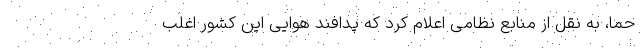
حما، به نقل از منابع نظامی اعلام کرد که پدافند هوایی این کشور اغلب